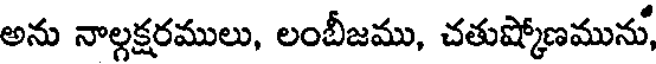
అను నాల్గక్షరములు, లంబీజము, చతుష్కోణమును,